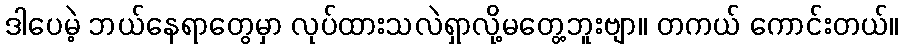
ဒါပေမဲ့ ဘယ်နေရာတွေမှာ လုပ်ထားသလဲရှာလို့မတွေ့ဘူးဗျာ။ တကယ် ကောင်းတယ်။